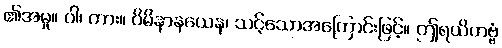
၏အမှု။ ဝါ၊ ကား။ ဝိဓိနာနယေန၊ သင့်သောအကြောင်းဖြင့်။ ဤရယိတဗ္ဗံ